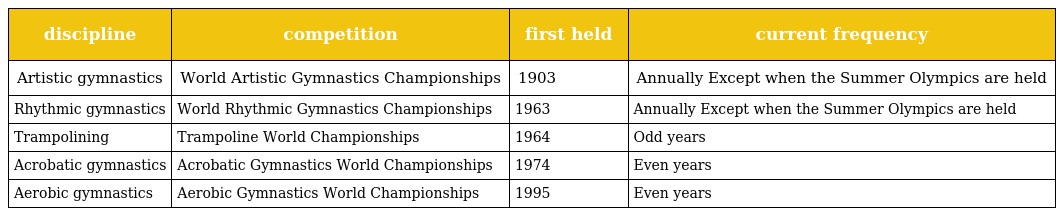
| discipline | competition | first held | current frequency |
 | --- | --- | --- | --- |
 | Artistic gymnastics | World Artistic Gymnastics Championships | 1903 | Annually Except when the Summer Olympics are held |
 | Rhythmic gymnastics | World Rhythmic Gymnastics Championships | 1963 | Annually Except when the Summer Olympics are held |
 | Trampolining | Trampoline World Championships | 1964 | Odd years |
 | Acrobatic gymnastics | Acrobatic Gymnastics World Championships | 1974 | Even years |
 | Aerobic gymnastics | Aerobic Gymnastics World Championships | 1995 | Even years |